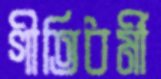
গীতিধর্মী